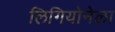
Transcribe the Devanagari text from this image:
लिगियोनेला